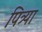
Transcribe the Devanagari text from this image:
पित्र्या